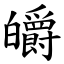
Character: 皭